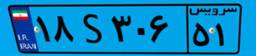
۱۸S۳۰۶۵۱